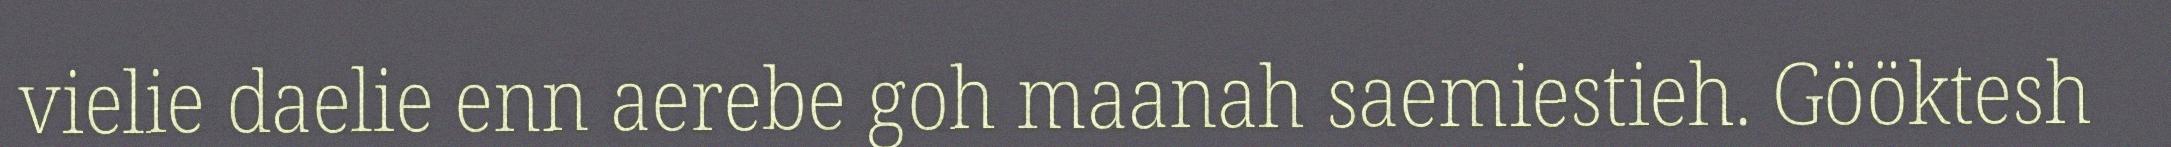
vielie daelie enn aerebe goh maanah saemiestieh. Gööktesh